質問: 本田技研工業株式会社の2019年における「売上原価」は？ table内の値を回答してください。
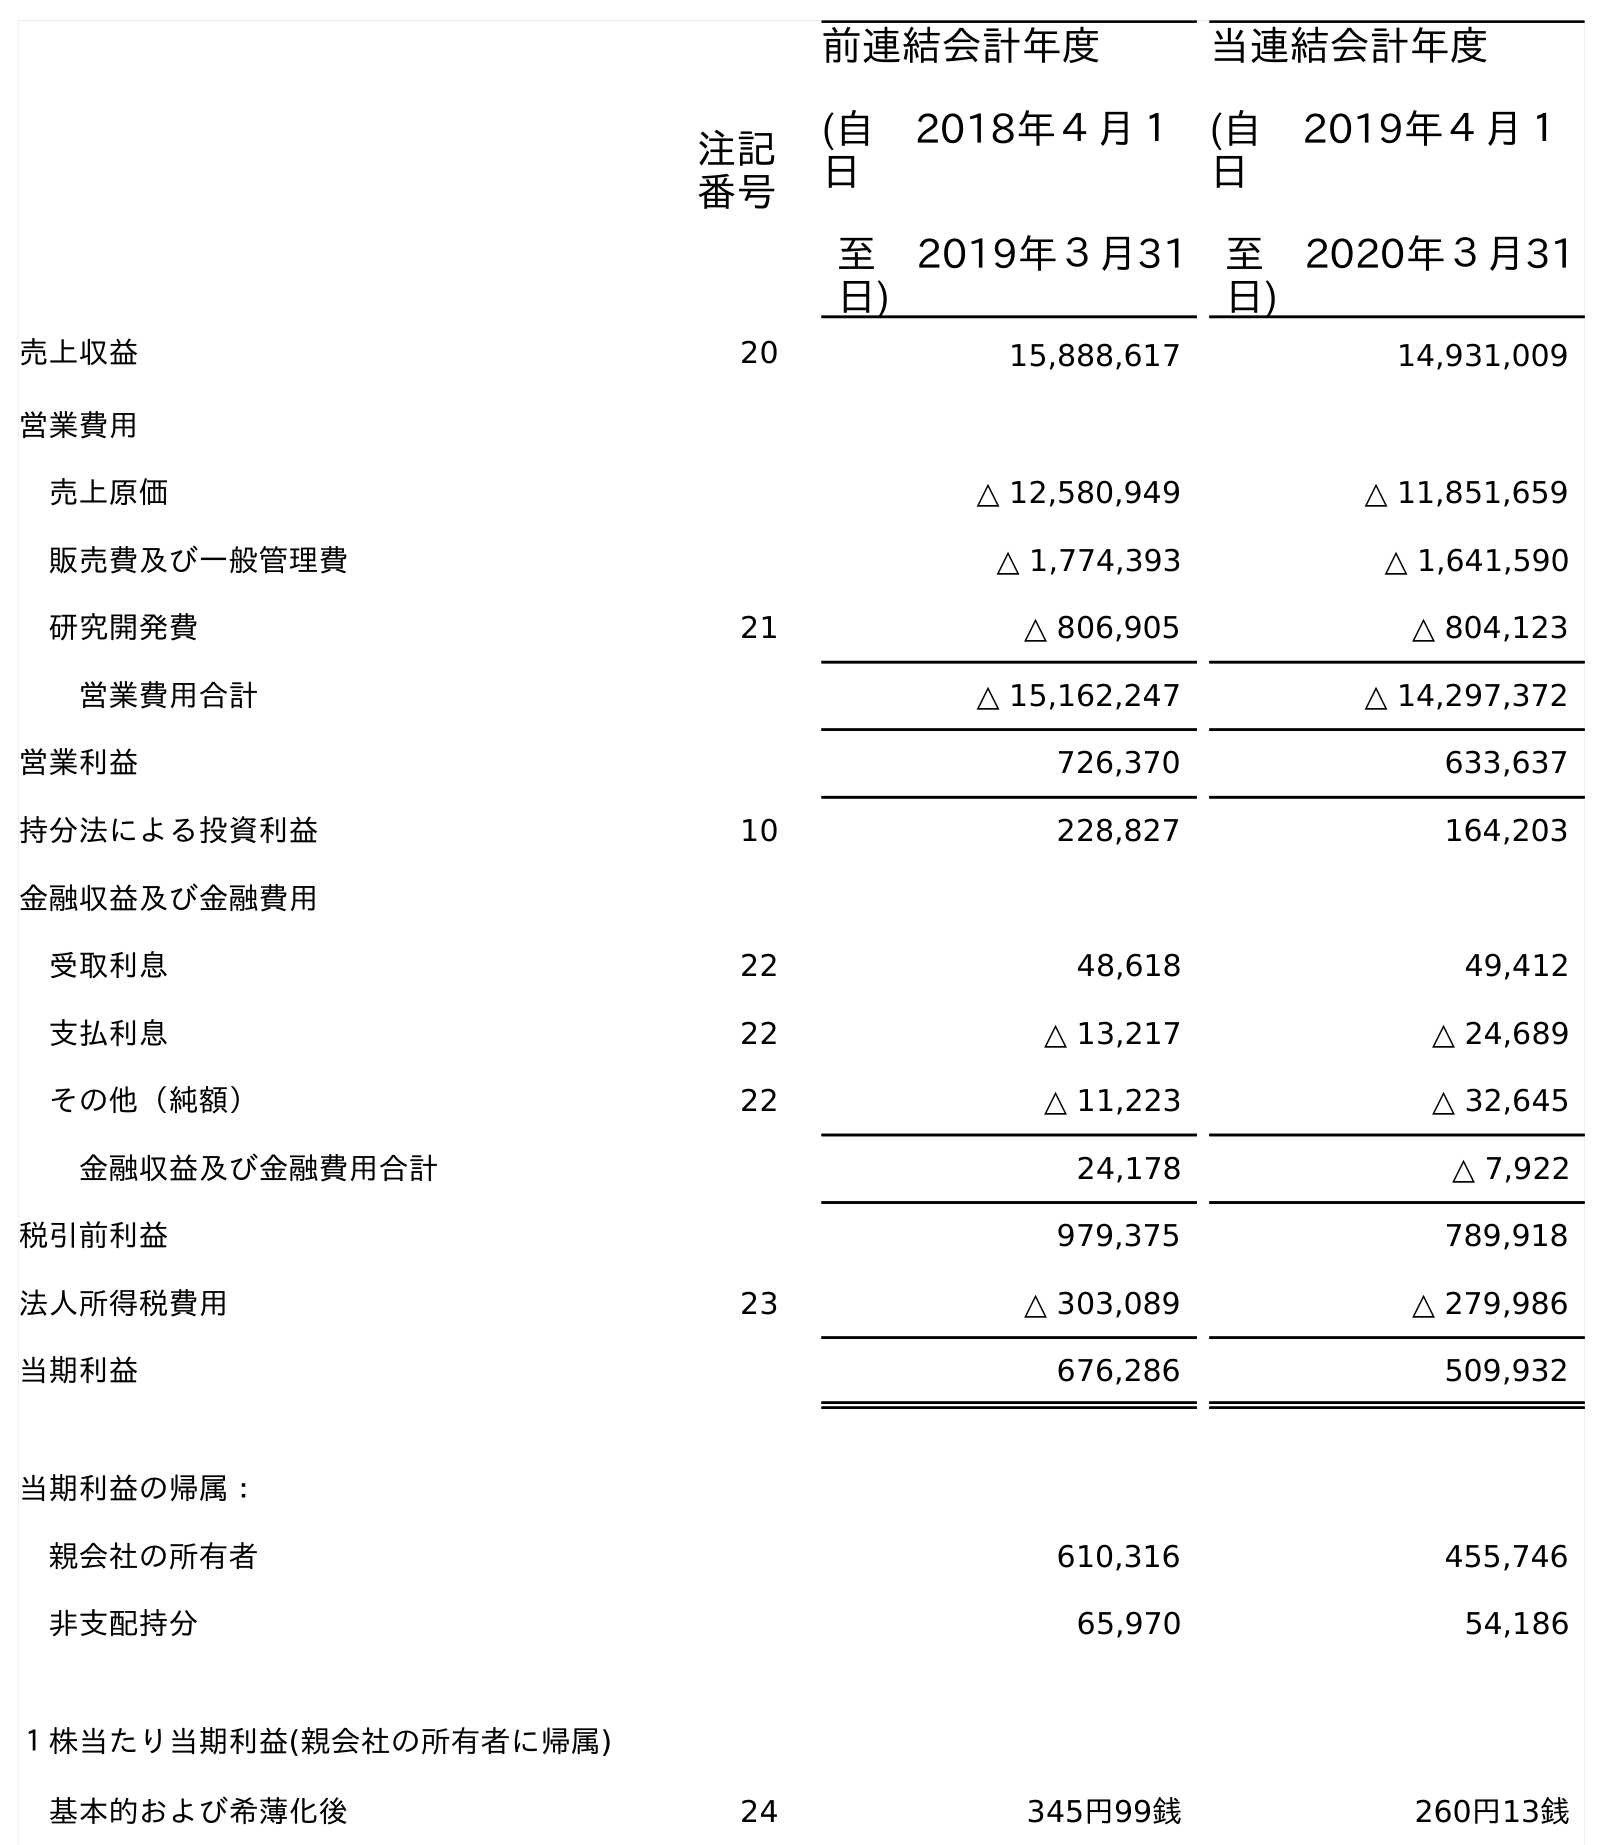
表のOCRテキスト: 注記 番号 前連結会計年度 (自 2018年４月１ 日 至 2019年３月31 日) 当連結会計年度 (自 2019年４月１ 日 至 2020年３月31 日) 売上収益 20 15,888,617 14,931,009 営業費用 売上原価 △ 12,580,949 △ 11,851,659 販売費及び一般管理費 △ 1,774,393 △ 1,641,590 研究開発費 21 △ 806,905 △ 804,123 営業費用合計 △ 15,162,247 △ 14,297,372 営業利益 726,370 633,637 持分法による投資利益 10 228,827 164,203 金融収益及び金融費用 受取利息 22 48,618 49,412 支払利息 22 △ 13,217 △ 24,689 その他（純額） 22 △ 11,223 △ 32,645 金融収益及び金融費用合計 24,178 △ 7,922 税引前利益 979,375 789,918 法人所得税費用 23 △ 303,089 △ 279,986 当期利益 676,286 509,932 当期利益の帰属： 親会社の所有者 610,316 455,746 非支配持分 65,970 54,186 １株当たり当期利益(親会社の所有者に帰属) 基本的および希薄化後 24 345円99銭 260円13銭
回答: △12,580,949